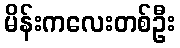
မိန်းကလေးတစ်ဦး